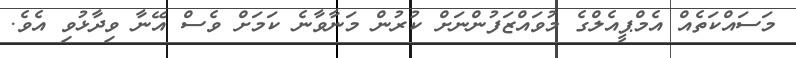
މަސައްކަތެއް އެމްޕީއެލްގެ މުވައްޒަފުންނަށް ކުރުން މަނާވާނެ ކަމަށް ވެސް އޭނާ ވިދާޅުވި އެވެ.